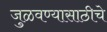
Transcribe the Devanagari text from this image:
जुळवण्यासाठीचे